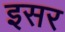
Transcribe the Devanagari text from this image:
इसर